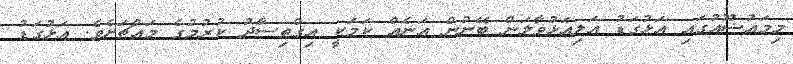
މިމައުޟޫއުގައި އަޅުގަޑު އަލިއަޅުވާލަން ބޭނުން އަނެއް ކަމަކީ އިގްތިސާދު ކުރުމުގެ މައްޗަށެވެ. އަޅުގަޑު